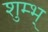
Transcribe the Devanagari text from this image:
शुम्भ्